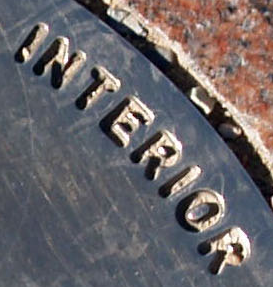
INTERIOR